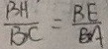
\frac { B H } { B C } = \frac { B E } { B A }